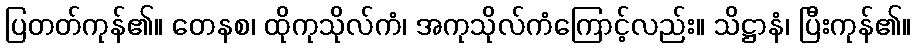
ပြတတ်ကုန်၏။ တေနစ၊ ထိုကုသိုလ်ကံ၊ အကုသိုလ်ကံကြောင့်လည်း။ သိဋ္ဌာနံ၊ ပြီးကုန်၏။